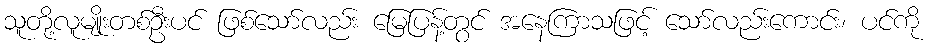
သူတို့လူမျိုးတစ်ဦးပင် ဖြစ်သော်လည်း မြေပြန့်တွင် အနေကြာသဖြင့် သော်လည်းကောင်း၊ ပင်ကို